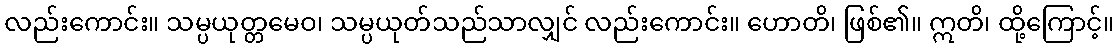
လည်းကောင်း။ သမ္ပယုတ္တမေဝ၊ သမ္ပယုတ်သည်သာလျှင် လည်းကောင်း။ ဟောတိ၊ ဖြစ်၏။ ဣတိ၊ ထို့ကြောင့်။